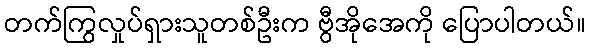
တက်ကြွလှုပ်ရှားသူတစ်ဦးက ဗွီအိုအေကို ပြောပါတယ်။